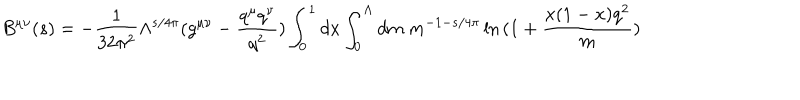
B ^ { \mu \nu } ( s ) = - \frac { 1 } { 3 2 \pi ^ { 2 } } \Lambda ^ { s / 4 \pi } ( g ^ { \mu \nu } - \frac { q ^ { \mu } q ^ { \nu } } { q ^ { 2 } } ) \int _ { 0 } ^ { 1 } d x \int _ { 0 } ^ { \Lambda } d m \; m ^ { - 1 - s / 4 \pi } \ln { ( 1 + \frac { x ( 1 - x ) q ^ { 2 } } { m } ) }